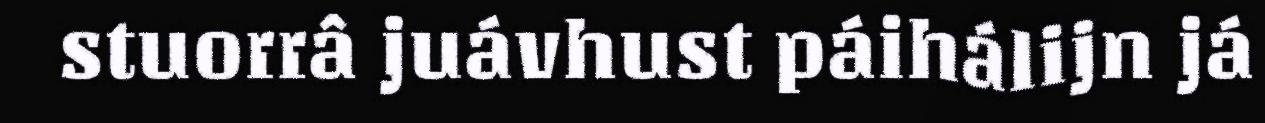
stuorrâ juávhust páihálijn já